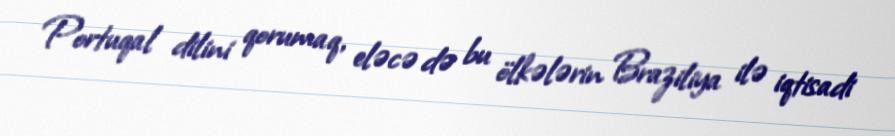
Portuqal dilini qorumaq, eləcə də bu ölkələrin Braziliya ilə iqtisadi